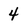
Character: 4